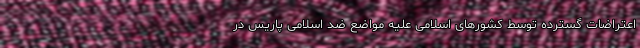
اعتراضات گسترده توسط کشورهای اسلامی علیه مواضع ضد اسلامی پاریس در